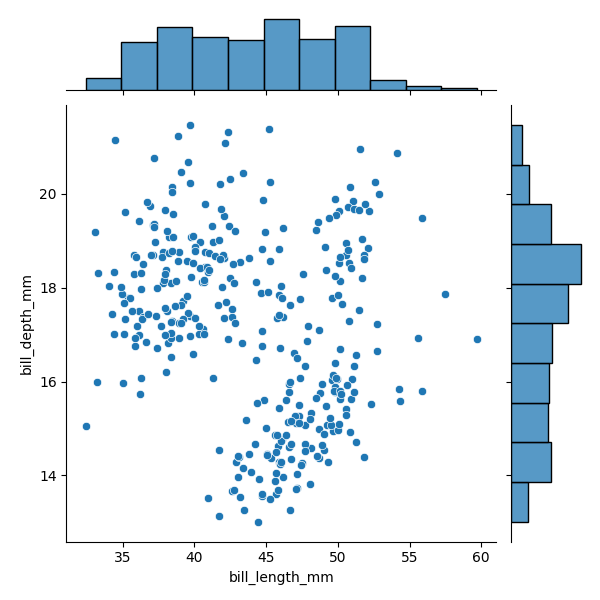
python, seaborn, JointGrid, scatterplot, histplot